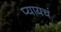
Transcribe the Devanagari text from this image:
प्यायचं